Notes on vaccination in the North-West Frontier Province 1923-1928 - 1923-1928
Year: 1923
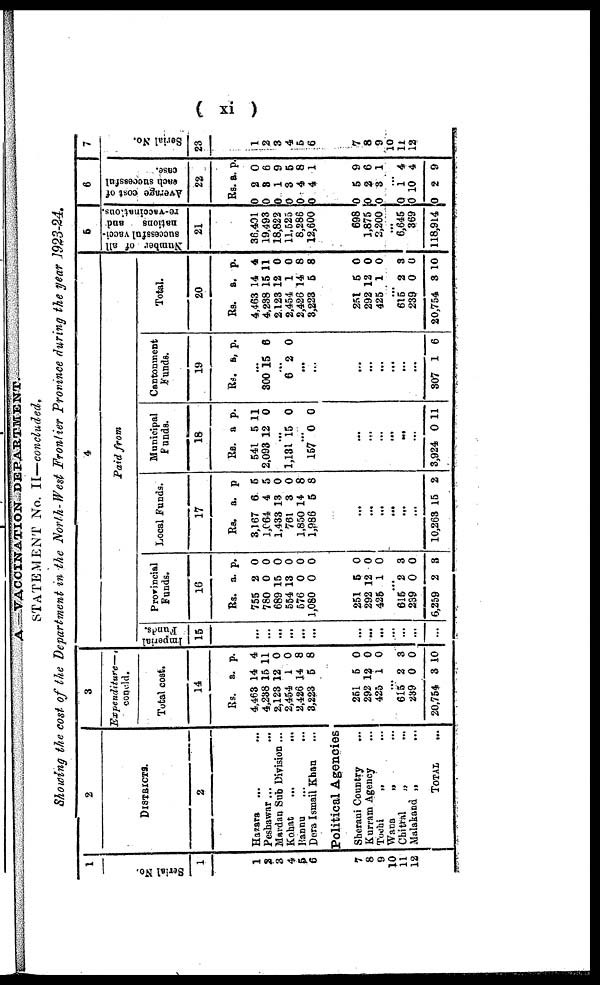
( xi )
A—VACCINATION DEPARTMENT.
STATEMENT No. II—concluded.
Showing the cost of the Department in the North- West Frontier Province during the year 1923-24.
1
Serial No.
1
1
2
3
4
5
6
7
8
9
10
11
12
2
DISTRICTS.
2
Hazara ... ...
Peshawar ...
Mardan Sub Division ...
Kohat ... ...
Bannu ... ...
Dera Ismail Khan ...
Political Agencies
Sherani Country ...
Kurram Agency
Tochi
„ ...
Wana
„ ...
Chitral
„ ...
Malakand „ ...
TOTAL ...
3
Expenditure—
concld.
Total cost.
14
Rs.
4,463
4,238
2,123
2,454
2,426
3,223
a.
14
15
12
1
14
5
p.
4
11
0
0
8
8
251
292
425
5
12
1
0
0
0
... 615
289
20,754
2
0
3
3
0
10
4
Paid from
Imperial
Funds.
15
...
...
...
...
...
...
...
...
...
...
...
...
...
Provincial
Funds.
16
Rs.
755
780
689
554
576
1,080
a.
2
0
15
13
0
0
p.
0
0
0
0
0
0
251
292
425
5
12
1
0
0
0
... 615
239
6,259
2
0
2
3
0
3
Local Funds.
17
Rs.
3,167
1,064
1,433
761
1,850
1,986
a.
6
4
13
3
14
5
p.
5
5
0
0
8
8
...
...
...
...
...
...
10,263 15 2
Municipal
Funds.
18
Rs.
541
2,093
a
5
12
p.
11
0
...
1,131 15 0
...
157 0 0
...
...
...
...
...
...
3,924 0 11
Cantonment
Funds.
19
Rs. a. p.
...
800 15 6
...
6 2 0
...
...
...
...
...
...
...
...
307 1 6
Total.
20
Rs.
4,463
4,238
2,123
2,454
2,426
3,223
a.
14
15
12
1
14
5
p.
4
11
0
0
8
8
251
292
425
5
12
1
0
0
0
...
615
239
20,754
2
0
8
3
0
10
5
Number of all
successful vacci-
nations
and
re-vaccinations.
21
36,401
19,493
18,823
11,525
8,286
12,600
698
1,875
2,200
...
6,645
369
118,914
6
Average cost of
each successful
case.
22
Rs.
0
0
0
0
0
0
a.
2
3
1
3
4
4
p.
0
6
9
5
8
1
0
0
0
5
2
3
9
6
1
...
0
0
0
1
10
2
4
4
9
7
Serial No.
23
1
2
3
4
5
6
7
8
9
10
11
12